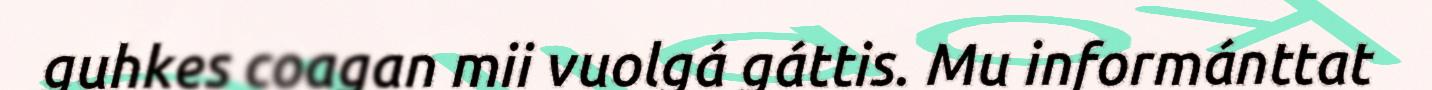
guhkes coagan mii vuolgá gáttis. Mu informánttat